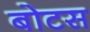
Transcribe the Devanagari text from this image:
बोटस